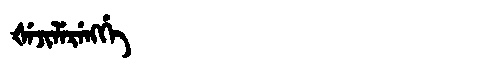
Manchu: ᡧᡝᠵᡳᠯᡝᡵᡝᠩᡤᡝ
Romanization: ŠEJILERENGGE